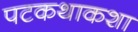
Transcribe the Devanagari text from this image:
पटकथाकशा